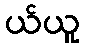
ယ်ယူ